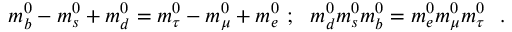
m _ { b } ^ { 0 } - m _ { s } ^ { 0 } + m _ { d } ^ { 0 } = m _ { \tau } ^ { 0 } - m _ { \mu } ^ { 0 } + m _ { e } ^ { 0 } ~ ; ~ ~ m _ { d } ^ { 0 } m _ { s } ^ { 0 } m _ { b } ^ { 0 } = m _ { e } ^ { 0 } m _ { \mu } ^ { 0 } m _ { \tau } ^ { 0 } ~ ~ .